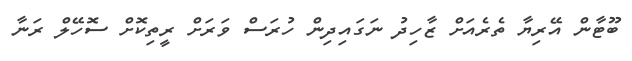
ބޫޓާން އޭރިޔާ ތެރެއަށް ޒާހިދު ނަގައިދިން ހުރަސް ވަރަށް ރީތިކޮށް ސޮހޭލް ރަނާ